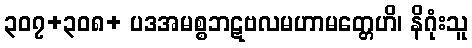
၃၀၇+၃၀၈+ ပဒအမစ္စဘဋဗလမဟာမတ္တေဟိ၊ နိဂုံးသူ